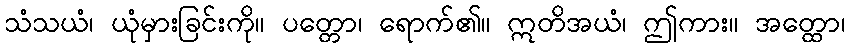
သံသယံ၊ ယုံမှားခြင်းကို။ ပတ္တော၊ ရောက်၏။ ဣတိအယံ၊ ဤကား။ အတ္ထော၊